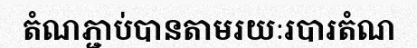
តំណភ្ជាប់បានតាមរយៈរបារតំណ